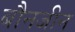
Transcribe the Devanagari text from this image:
बौनजीन